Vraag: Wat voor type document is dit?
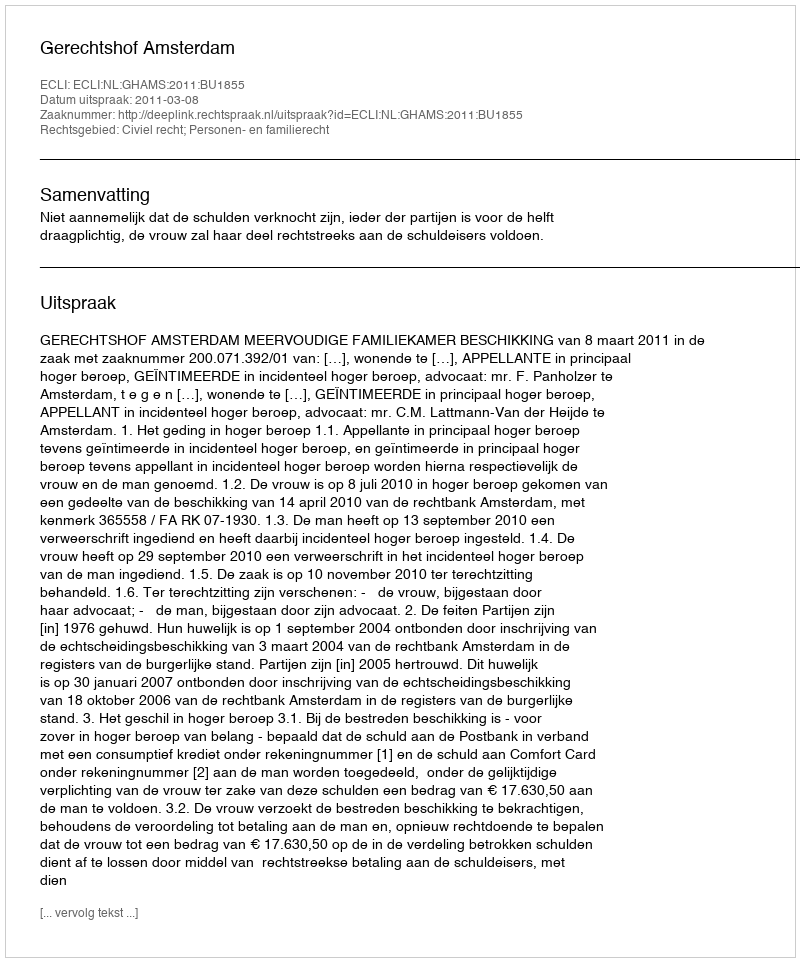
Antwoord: Uitspraak